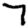
Digit: 7